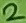
Text: 2